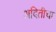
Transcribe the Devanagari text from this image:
अदितीचा